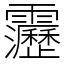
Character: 靋